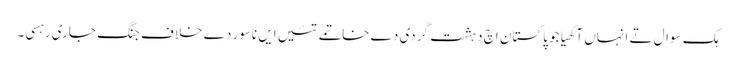
ہک سوال تے انہاں آکھیا جو پاکستان اچ دہشت گردی دے خاتمے تئیں ایں ناسور دے خلاف جنگ جاری رہسی۔